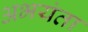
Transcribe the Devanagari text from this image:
अभयंता